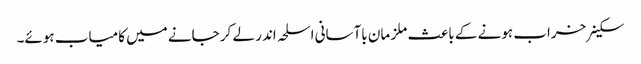
سکینر خراب ہونے کے باعث ملز مان باآسانی اسلحہ اندر لے کر جانے میں کامیاب ہوئے۔